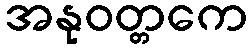
အနုဝတ္တကေ